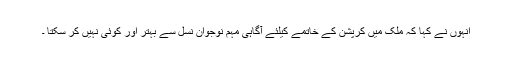
انہوں نے کہا کہ ملک میں کرپشن کے خاتمے کیلئے آگاہی مہم نوجوان نسل سے بہتر اور کوئی نہیں کر سکتا ۔